Annual administration report of the Civil Veterinary Department of India - 1895-1896
Year: 1895
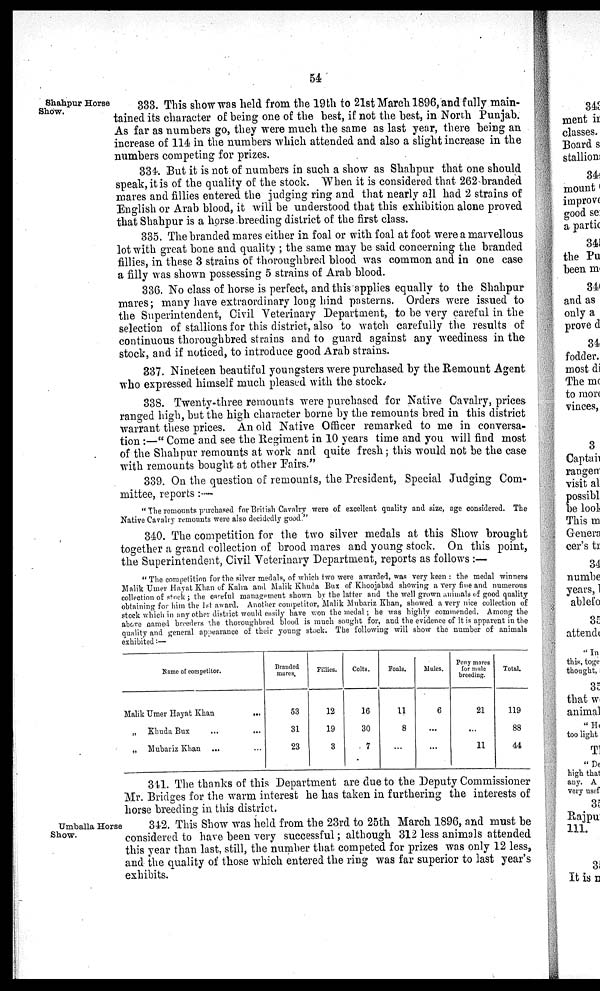
54
Shahpur Horse
Show.
333. This show was held from the 19th to 21st March 1896, and fully main-
tained its character of being one of the best, if not the best, in North Punjab.
As far as numbers go, they were much the same as last year, there being an
increase of 114 in the numbers which attended and also a slight increase in the
numbers competing for prizes.
334. But it is not of numbers in such a show as Shahpur that one should
speak, it is of the quality of the stock. When it is considered that 262 branded
mares and fillies entered the judging ring and that nearly all had 2 strains of
English or Arab blood, it will be understood that this exhibition alone proved
that Shahpur is a horse breeding district of the first class.
335. The branded mares either in foal or with foal at foot were a marvellous
lot with great bone and quality ; the same may be said concerning the branded
fillies, in these 3 strains of thoroughbred blood was common and in one case
a filly was shown possessing 5 strains of Arab blood.
336. No class of horse is perfect, and this applies equally to the Shahpur
mares; many have extraordinary long hind pasterns. Orders were issued to
the Superintendent, Civil Veterinary Department, to be very careful in the
selection of stallions for this district, also to watch carefully the results of
continuous thoroughbred strains and to guard against any weediness in the-
stock, and if noticed, to introduce good Arab strains.
337. Nineteen beautiful youngsters were purchased by the Remount Agent
who expressed himself much pleased with the stock.
338. Twenty-three remounts were purchased for Native Cavalry, prices
ranged high, but the high character borne by the remounts bred in this district
warrant these prices. An old Native Officer remarked to me in conversa-
tion:—"Come and see the Regiment in 10 years time and you will find most
of the Shahpur remounts at work and quite fresh; this would not be the case
with remounts bought at other Fairs."
339. On the question of remounts, the President, Special Judging Com-
mittee, reports:—
"The remounts purchased for British Cavalry were of excellent quality and size, age considered. The
Native Cavalry remounts were also decidedly good."
340. The competition for the two silver medals at this Show brought
together a grand collection of brood mares and young stock. On this point,
the Superintendent, Civil Veterinary Department, reports as follows:—
"The competition for the silver medals, of which two were awarded, was very keen : the medal winners
Malik Umer Hayat Khan of Kalra, and Malik Khuda Bux of Khoojabad showing a very fine and numerous
collection of stock ; the careful management shown by the latter and the well grown animals of good quality
obtaining for him the 1st award. Another competitor, Malik Mubariz Khan, showed a very nice collection of
stock which in any other district would easily have won the medal; he was highly commended. Among the
above named breeders the thoroughbred blood is much sought for, and the evidence of it is apparent in the
quality and general appearance of their young stock. The following will show the number of animals
exhibited:—
Name of competitor.
Malik Umer Hayat Khan ...
„ Khuda Bux ... ...
„ Mubariz Khan ... ...
Branded
mares.
53
31
23
Fillies.
12
19
3
Colts.
16
30
7
Foals.
11
8
...
Mules.
6
...
...
Pony mares
for mule
breeding.
21
...
11
Total.
119
88
44
341. The thanks of this Department are due to the Deputy Commissioner
Mr. Bridges for the warm interest he has taken in furthering the interests of
horse breeding in this district.
Umballa Horse
Show.
342. This Show was held from the 23rd to 25th March 1896, and must be
considered to have been very successful; although 312 less animals attended
this year than last, still, the number that competed for prizes was only 12 less,
and the quality of those which entered the ring was far superior to last year's
exhibits.